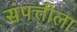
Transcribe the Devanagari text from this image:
संपत्तीला